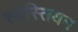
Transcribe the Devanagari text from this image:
स्वस्तियम